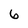
Character: 6